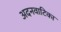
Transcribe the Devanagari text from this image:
अदनवाटिका